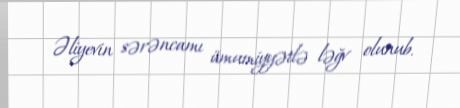
Əliyevin sərəncamı ümumiyyətlə ləğv olunub.